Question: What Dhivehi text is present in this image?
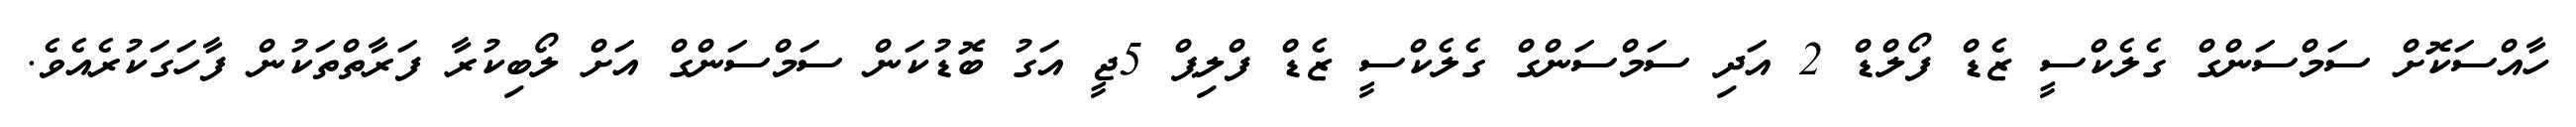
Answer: ހާއްސަކޮށް ސަމްސަންގް ގެލެކްސީ ޒެޑް ފޯލްޑް 2 އަދި ސަމްސަންގް ގެލެކްސީ ޒެޑް ފްލިޕް 5ޖީ އަގު ބޮޑުކަން ސަމްސަންގް އަށް ލޯބިކުރާ ފަރާތްތަކުން ފާހަގަކުރެއެވެ.